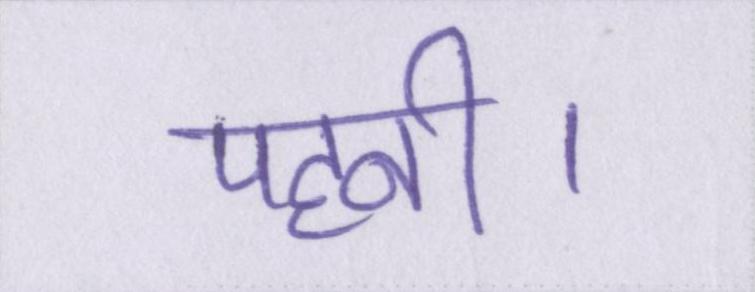
पहनी।